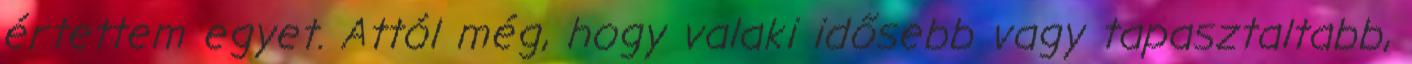
értettem egyet. Attól még, hogy valaki idősebb vagy tapasztaltabb,